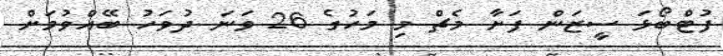
ފުޓްބޯޅަ ސީޒަން ފަށާ މެޗް މި މަހުގެ 26 ވަނަ ދުވަހު ބޭއްވުމަށް